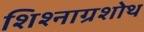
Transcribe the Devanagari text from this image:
शिश्नाग्रशोथ